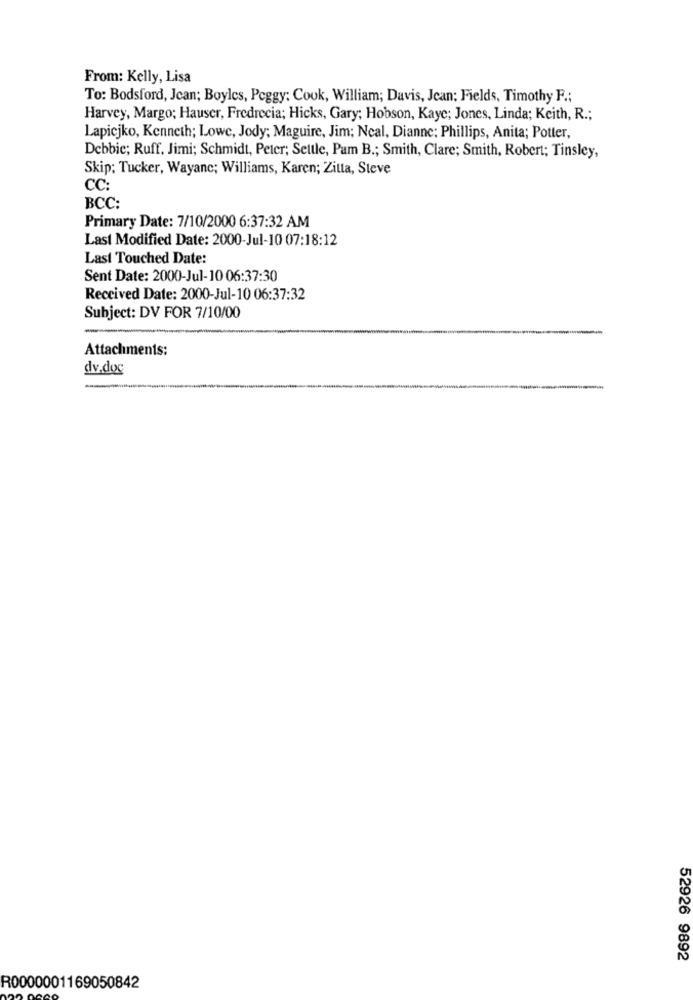
From: Kelly, Lisa
To: Bodsford, Jean; Boyles, Peggy; Cook, William; Davis, Jean; Fields, Timothy F .;
Harvey, Margo; Hauser, Fredrecia; Hicks, Gary; Hobson, Kaye; Jones, Linda; Keith, R .;
Lapicjko, Kenneth; Lowe, Jody; Maguire, Jim; Ncal, Dianne: Phillips, Anita; Potter,
Debbie; Ruff. Jimi; Schmidt, Peter; Settle, Pam B .; Smith, Clare; Smith, Robert; Tinsley,
Skip: Tucker, Wayanc; Williams, Karen; Zitta, Steve
CC:
BCC:
Primary Date: 7/10/2000 6:37:32 AM
Last Modified Date: 2000-Jul-10 07:18:12
Last Touched Date:
Sent Date: 2000-Jul-10 06:37:30
Received Date: 2000-Jul-10 06:37:32
Subject: DV FOR 7/10/00
Attachments:
dv.doc
-
52926 9892
R0000001169050842